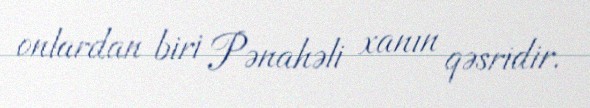
onlardan biri Pənahəli xanın qəsridir.